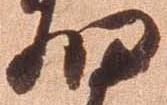
細